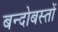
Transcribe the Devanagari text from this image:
बन्दोबस्तों